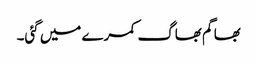
بھاگم بھاگ کمرے میں گئی۔